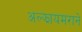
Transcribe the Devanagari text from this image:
अल्झायमराने